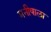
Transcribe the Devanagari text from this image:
मनीषाला